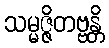
သမ္မဇ္ဇိတဗ္ဗန္တိ